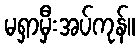
မရှာမှီးအပ်ကုန်။